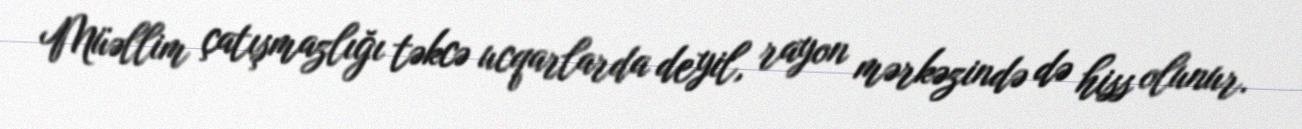
Müəllim çatışmazlığı təkcə ucqarlarda deyil, rayon mərkəzində də hiss olunur.